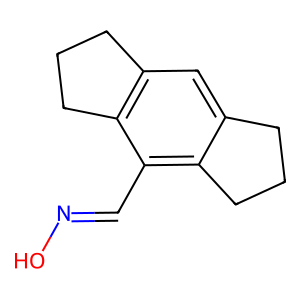
SMILES: ON=Cc1c2c(cc3c1CCC3)CCC2
Inhibits HIV replication: No